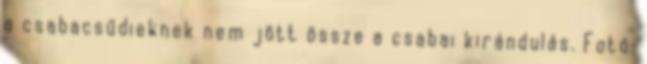
a csabacsűdieknek nem jött össze a csabai kirándulás. Fotó: